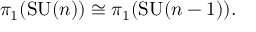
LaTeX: \pi _ { 1 } ( \mathrm { S U } ( n ) ) \cong \pi _ { 1 } ( \mathrm { S U } ( n - 1 ) ) .